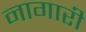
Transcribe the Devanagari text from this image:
नागारी